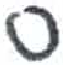
אות: ס